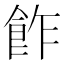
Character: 飵